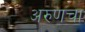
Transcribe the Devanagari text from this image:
अरुणचा